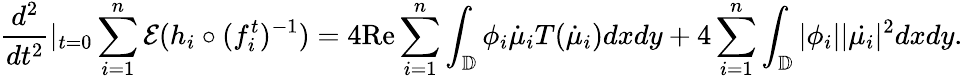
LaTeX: \frac{d^{2}}{dt^{2}}|_{t=0}\sum_{i=1}^{n}\mathcal{E}(h_{i}\circ(f_{i}^{t})^{-1})=4\textrm{Re}\sum_{i=1}^{n}\int_{\mathbb{D}}\phi_{i}\dot{\mu}_{i}T(\dot{\mu}_{i})dxdy+4\sum_{i=1}^{n}\int_{\mathbb{D}}|\phi_{i}||\dot{\mu_{i}}|^{2}dxdy.